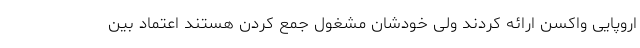
اروپایی واکسن ارائه کردند ولی خودشان مشغول جمع کردن هستند اعتماد بین